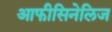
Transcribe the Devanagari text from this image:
आफीसिनेलिज